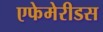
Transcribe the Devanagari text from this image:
एफेमेरीडस